Vana-Vandra_vallavalitsus, lk 46
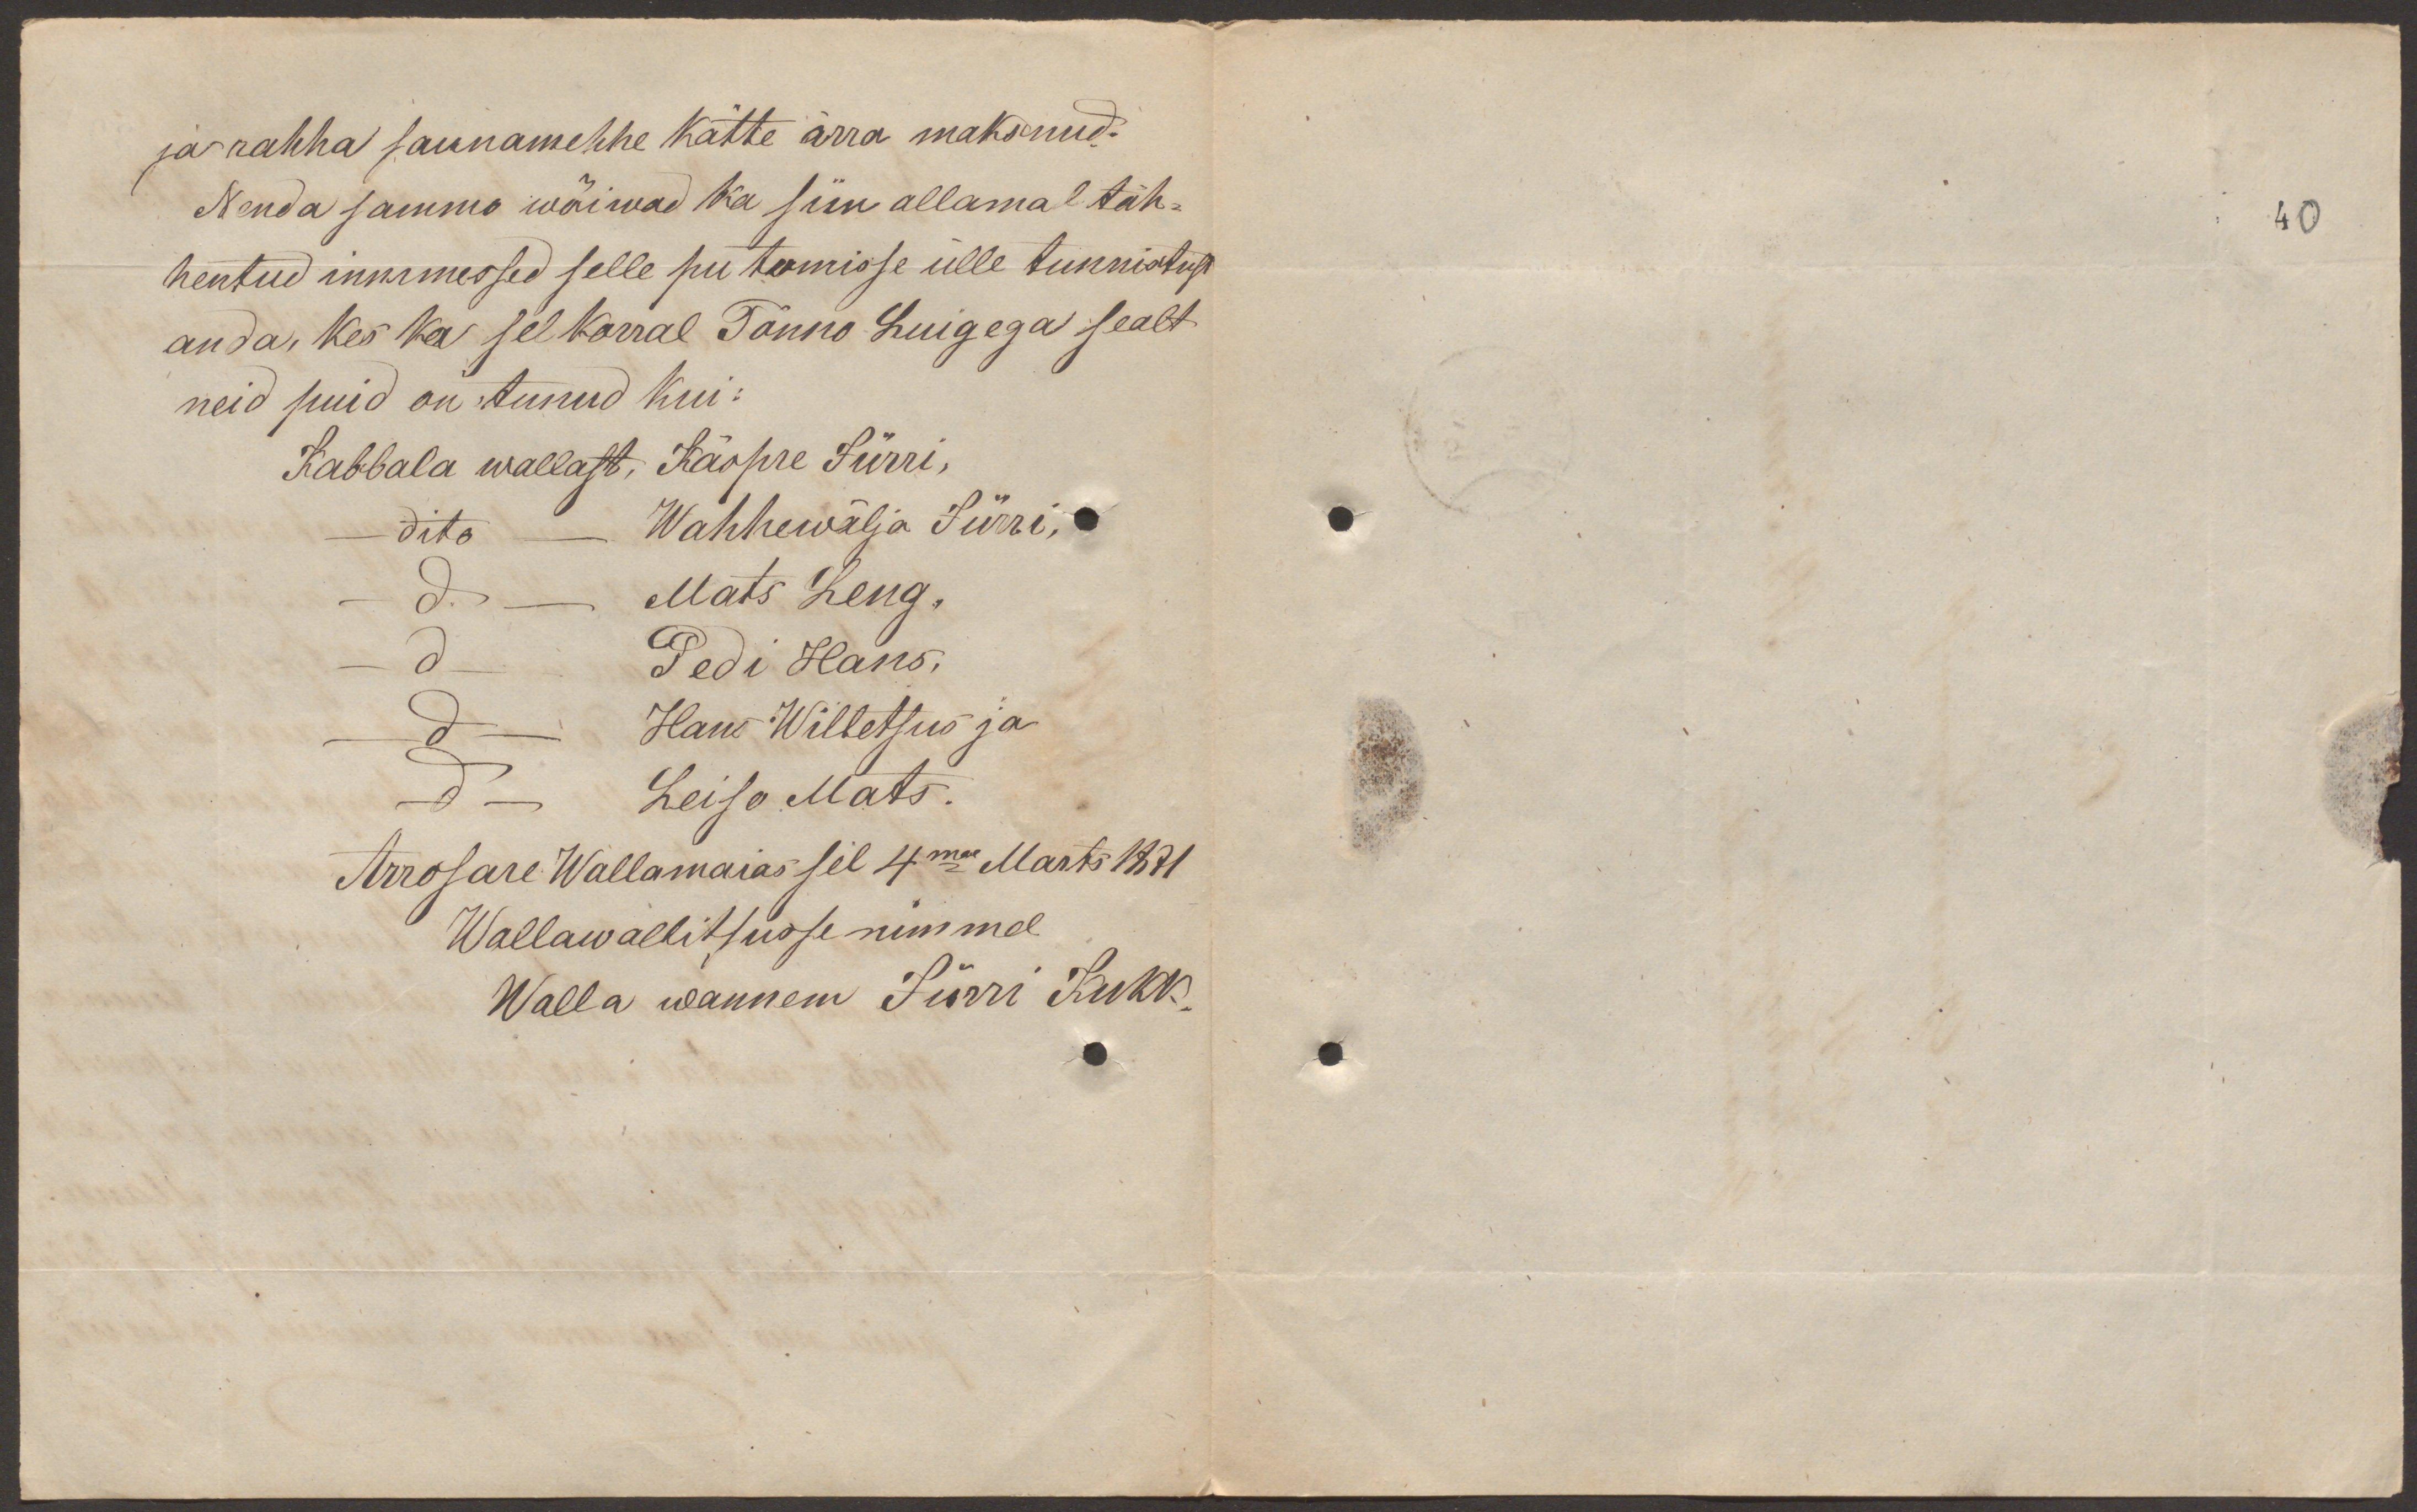
ja rahha saunamehhe kätte ärra maksnud.
Nenda sammo wõiwad ka siin allamal täh-
hentud innimessed selle pu tamisse ülle tunnistust
anda, kes ka sel korral Tõnno Luigega sealt
neid puid on tonud kui:
Kabbala wallast, Käopre Jürri,
dito Wahhewälja Jürri,
d. - Mats Leng.
d - Pedi Hans.
d - Hans Willetsus ja
d - Leiso Mats.
Arrosare Wallamaias sel 4ma Marts 1871
Wallawalitsusse nimmel
Walla wannem Jürri Kukk

40